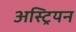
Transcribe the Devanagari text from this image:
अस्ट्रियन